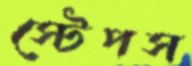
স্টেপস